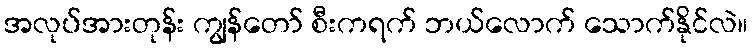
အလုပ်အားတုန်း ကျွန်တော် စီးကရက် ဘယ်လောက် သောက်နိုင်လဲ။